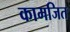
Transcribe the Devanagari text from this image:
कामजित